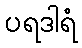
ပရဒါရံ